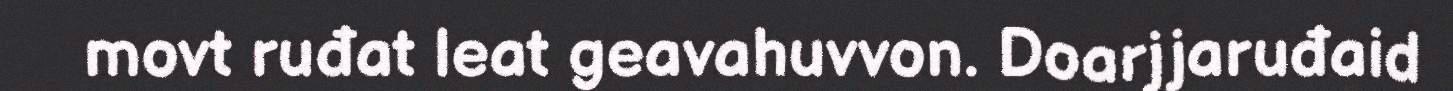
movt ruđat leat geavahuvvon. Doarjjaruđaid